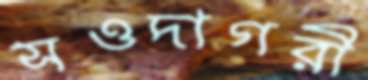
সওদাগরী